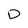
Character: D